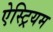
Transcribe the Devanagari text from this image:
ऐस्ट्रियम